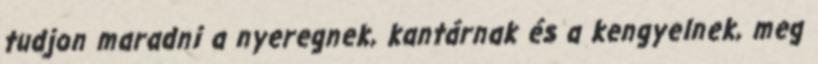
tudjon maradni a nyeregnek, kantárnak és a kengyelnek, meg